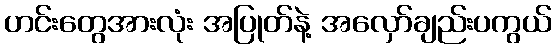
ဟင်းတွေအားလုံး အပြုတ်နဲ့ အလှော်ချည်းပကွယ်